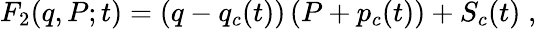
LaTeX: F_{2}(q,P;t)=\left(q-q_{c}(t)\right)\left(P+p_{c}(t)\right)+S_{c}(t)\; ,